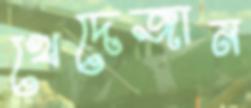
খেদেজান